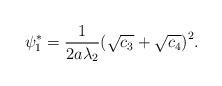
LaTeX: \begin{align*}\psi_1^*=\frac{1}{2a\lambda_2}{\left(\sqrt{c_3}+\sqrt{c_4}\right)^2}.\end{align*}